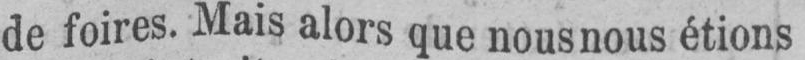
de foires. Mais alors que nous nous étions